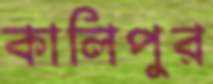
কালিপুর